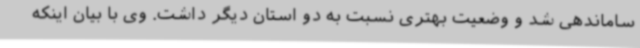
ساماندهی شد و وضعیت بهتری نسبت به دو استان دیگر داشت. وی با بیان اینکه